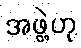
အဖွဲ့ဟု